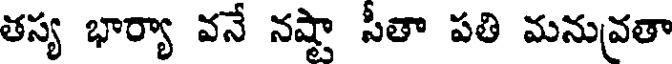
తస్య భార్యా వనే నష్టా సీతా పతి మనువతా